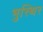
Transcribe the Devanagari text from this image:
भुस्थिर